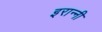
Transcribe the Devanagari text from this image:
इरान्नी